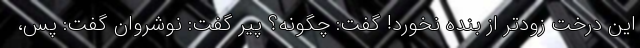
این درخت زودتر از بنده نخورد! گفت: چگونه؟ پیر گفت: نوشِروان گفت: پس،